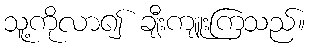
သူ့ကိုလာ၍ ချီးကျူးကြသည်။